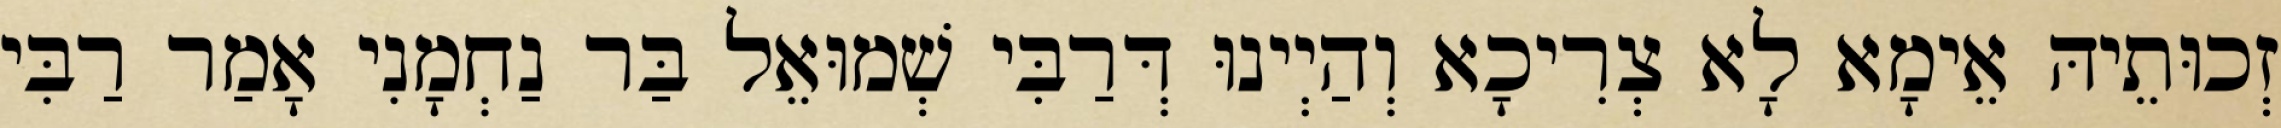
זְכוּתֵיהּ אֵימָא לָא צְרִיכָא וְהַיְינוּ דְּרַבִּי שְׁמוּאֵל בַּר נַחְמָנִי אָמַר רַבִּי